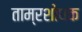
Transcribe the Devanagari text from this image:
ताम्रशोधक